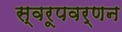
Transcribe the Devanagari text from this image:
स्वरूपवर्णन